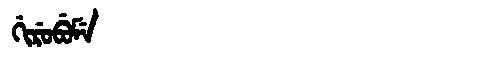
Manchu: ᡤᡳᡵᡠᠪᡠᠮᡝ
Romanization: GIRUBUME